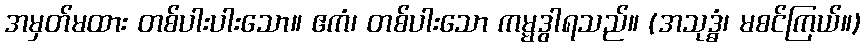
အမှတ်မထား တစ်ပါးပါးသော။ ဧကံ၊ တစ်ပါးသော ကမ္မဒွါရသည်။ (အသုဒ္ဓံ၊ မစင်ကြယ်။)